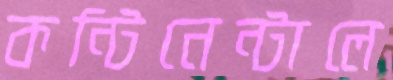
কন্টিনেন্টালে